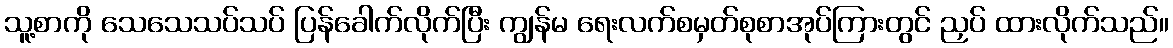
သူ့စာကို သေသေသပ်သပ် ပြန်ခေါက်လိုက်ပြီး ကျွန်မ ရေးလက်စမှတ်စုစာအုပ်ကြားတွင် ညှပ် ထားလိုက်သည်။